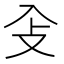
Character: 𠓠